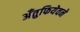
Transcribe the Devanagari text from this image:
अँतुफियेवने